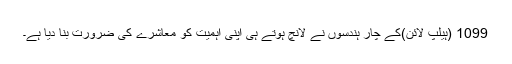
1099 (ہیلپ لائن)کے چار ہندسوں نے لانچ ہوتے ہی اپنی اہمیت کو معاشرے کی ضرورت بنا دیا ہے۔